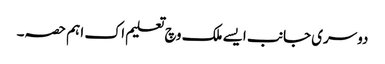
دوسری جانب ایس‏ے ملک وچ تعلیم اک اہ‏م حصہ۔